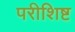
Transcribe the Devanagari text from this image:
परीशिष्ट